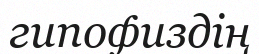
гипофиздің